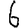
Digit: 6